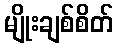
မျိုးချစ်စိတ်